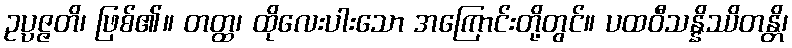
ဥပ္ပဇ္ဇတိ၊ ဖြစ်၏။ တတ္ထ၊ ထိုလေးပါးသော အကြောင်းတို့တွင်။ ပထဝီသန္နိဿိတန္တိ၊